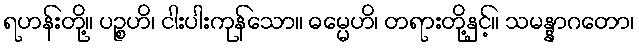
ရဟန်းတို့။ ပဉ္စဟိ၊ ငါးပါးကုန်သော။ ဓမ္မေဟိ၊ တရားတို့နှင့်။ သမန္နာဂတော၊